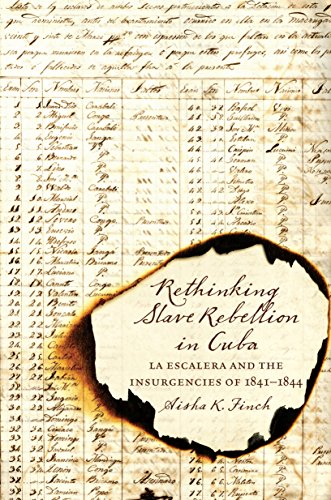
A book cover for Rethinking Slave Rebellion in Cuba: La Escalera and the Insurgencies of 1841-1844 (Envisioning Cuba); Aisha K. Finch; History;